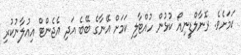
ކަމަށެވެ. ރޮނާލްޑީނިއޯ ކުޅުން ހުއްޓާލި ކަމަށް އޭނާގެ ބޭބެ އަދި އެޖެންޓް އިއުލާނުކުރި